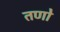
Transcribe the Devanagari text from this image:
तणो